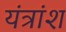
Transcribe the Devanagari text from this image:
यंत्रांश